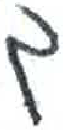
אות: ג